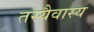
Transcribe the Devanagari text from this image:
तस्यैवास्य